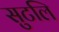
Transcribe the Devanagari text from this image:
सुटलि